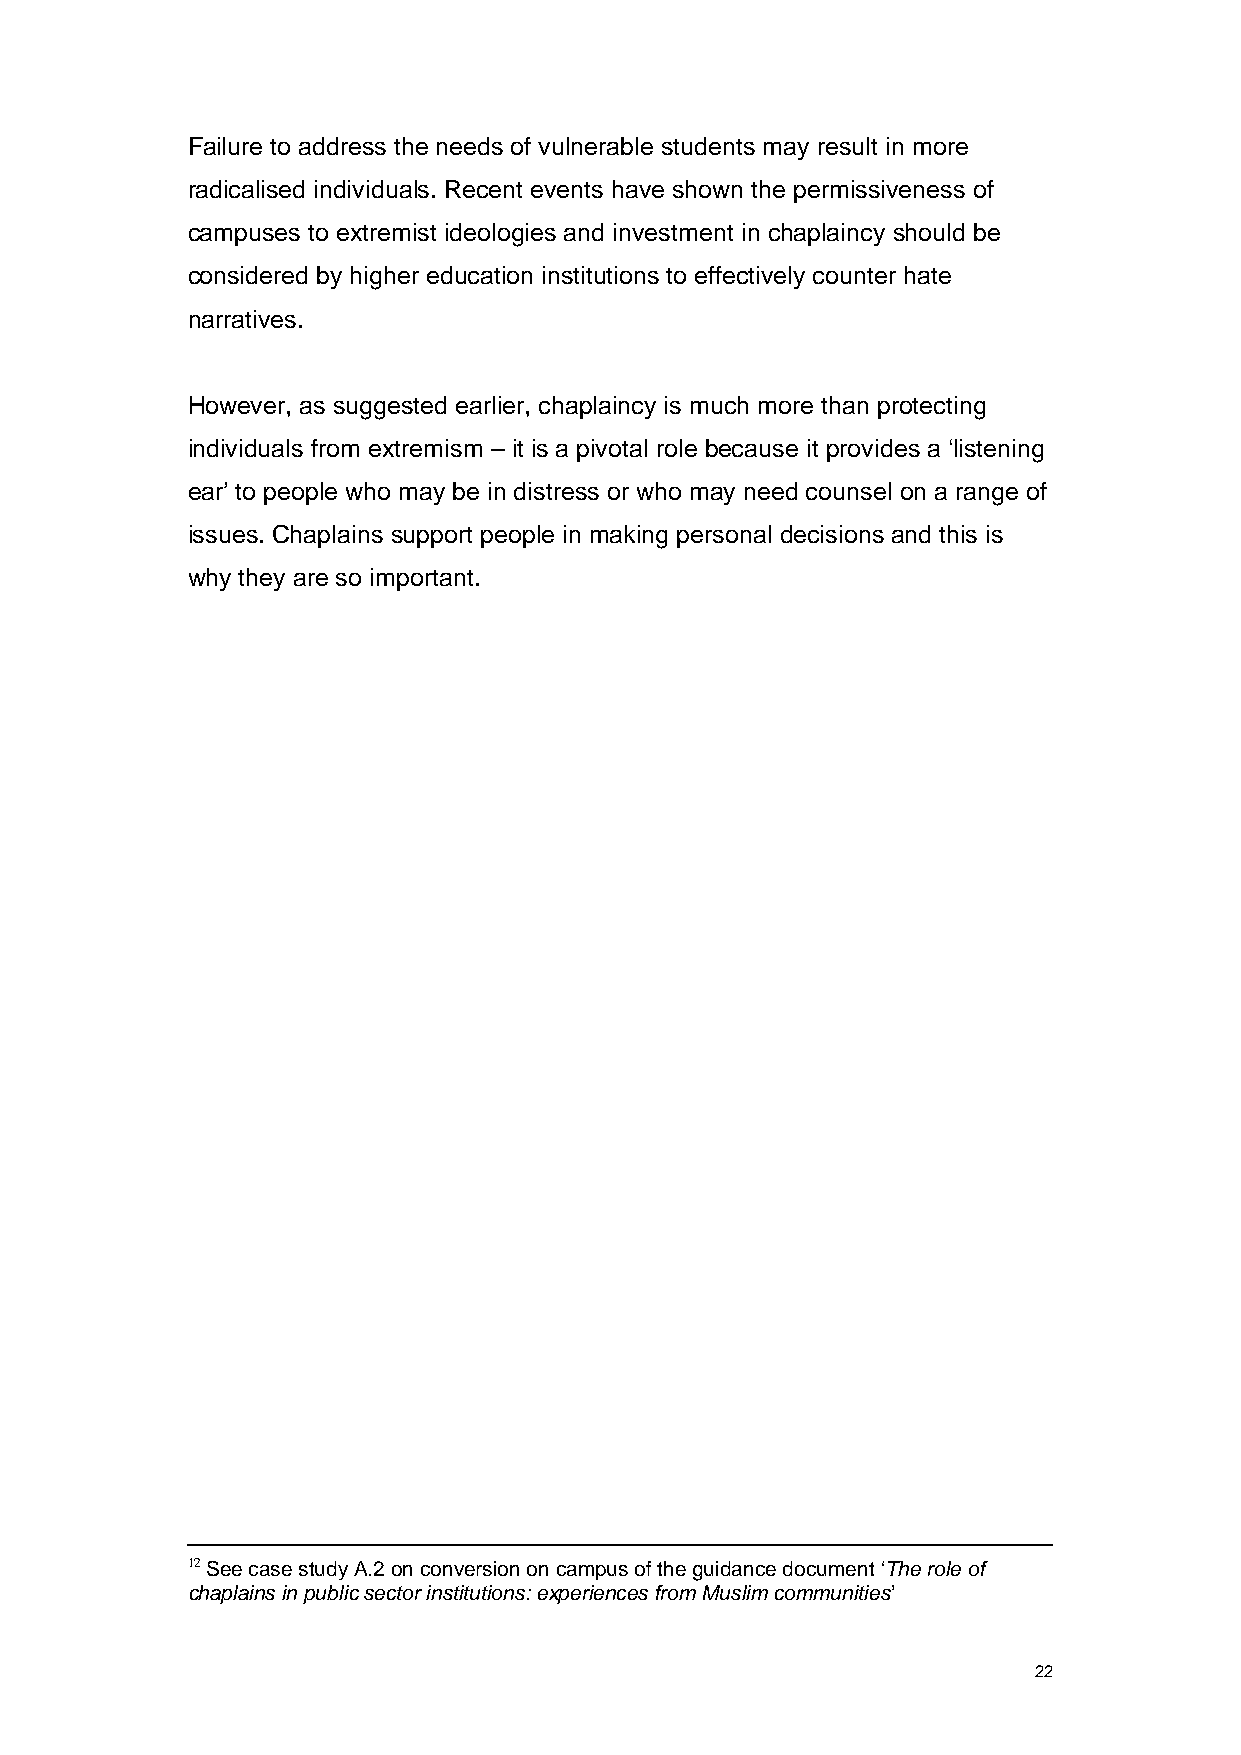
Failure to address the needs of vulnerable students may result in more
 radicalised individuals. Recent events have shown the permissiveness of
 campuses to extremist ideologies and investment in chaplaincy should be
 considered by higher education institutions to effectively counter hate
 narratives.
 However, as suggested earlier, chaplaincy is much more than protecting
 individuals from extremism – it is a pivotal role because it provides a ‘listening
 ear’ to people who may be in distress or who may need counsel on a range of
 issues. Chaplains support people in making personal decisions and this is
 why they are so important.
 12 See case study A.2 on conversion on campus of the guidance document ‘The role of
 chaplains in public sector institutions: experiences from Muslim communities’
 22